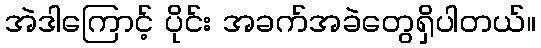
အဲဒါကြောင့် ပိုင်း အခက်အခဲတွေရှိပါတယ်။